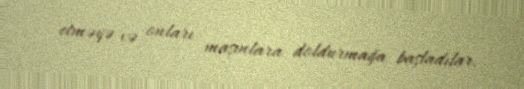
etməyə və onları maşınlara doldurmağa başladılar.